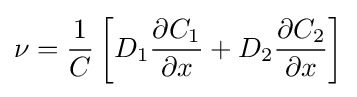
\nu ={\frac {1}{C}}\left[D_{1}{\frac {\partial C_{1}}{\partial x}}+D_{2}{\frac {\partial C_{2}}{\partial x}}\right]